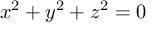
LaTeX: x ^ { 2 } + y ^ { 2 } + z ^ { 2 } = 0